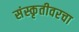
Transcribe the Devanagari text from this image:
संस्कृतीवरचा